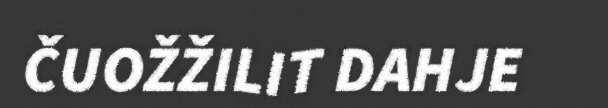
ČUOŽŽILIT DAHJE